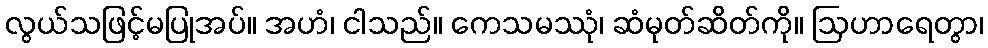
လွယ်သဖြင့်မပြုအပ်။ အဟံ၊ ငါသည်။ ကေသမဿုံ၊ ဆံမုတ်ဆိတ်ကို။ ဩဟာရေတွာ၊